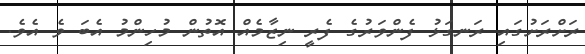
ރަށްރަށުގައި ރަނގަޅު ފެންވަރުގެ ފެރީ ނިޒާމެއް އޮތުން މުހިންމު އެބަ ވެ އެވެ.